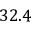
3 2 . 4